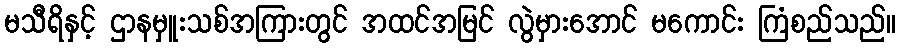
မသီရိနှင့် ဌာနမှူးသစ်အကြားတွင် အထင်အမြင် လွဲမှားအောင် မကောင်း ကြံစည်သည်။